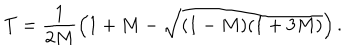
LaTeX: T = \frac { 1 } { 2 M } \left( 1 + M - \sqrt { ( 1 - M ) ( 1 + 3 M ) } \right) .